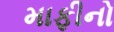
માફીનો